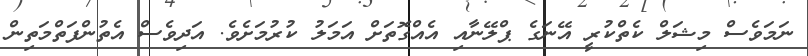
ނަމަވެސް މިޝަލް ކެތްކުރީ އޭނަގެ ޕްލޭނާއި އެއްގޮތަށް އަމަލު ކުރުމަށެވެ. އަދިވެސް އެތުންފަތްމަތިން